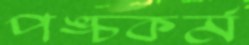
পঙ্চকর্ম